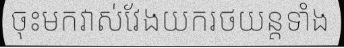
ចុះមកវាស់វែងយករថយន្តទាំង